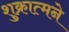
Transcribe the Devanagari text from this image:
शुक्रात्मने